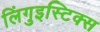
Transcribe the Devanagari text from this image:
लिंगुइस्टिक्स